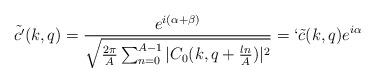
LaTeX: \begin{align*}\tilde{c'}(k,q)=\frac{e^{i(\alpha+\beta)}}{\sqrt{\frac{2\pi}{A}\sum_{n=0}^{A-1}|C_0(k,q+\frac{ln}{A})|^2}}=`\tilde{c}(k,q)e^{i\alpha}\end{align*}